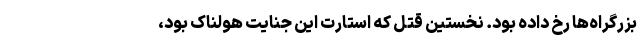
بزرگراه‌ها رخ داده بود. نخستین قتل که استارت این جنایت هولناک بود،